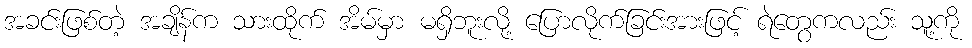
အခင်းဖြစ်တဲ့ အချိန်က သားထိုက် အိမ်မှာ မရှိဘူးလို့ ပြောလိုက်ခြင်းအားဖြင့် ရဲတွေကလည်း သူ့ကို